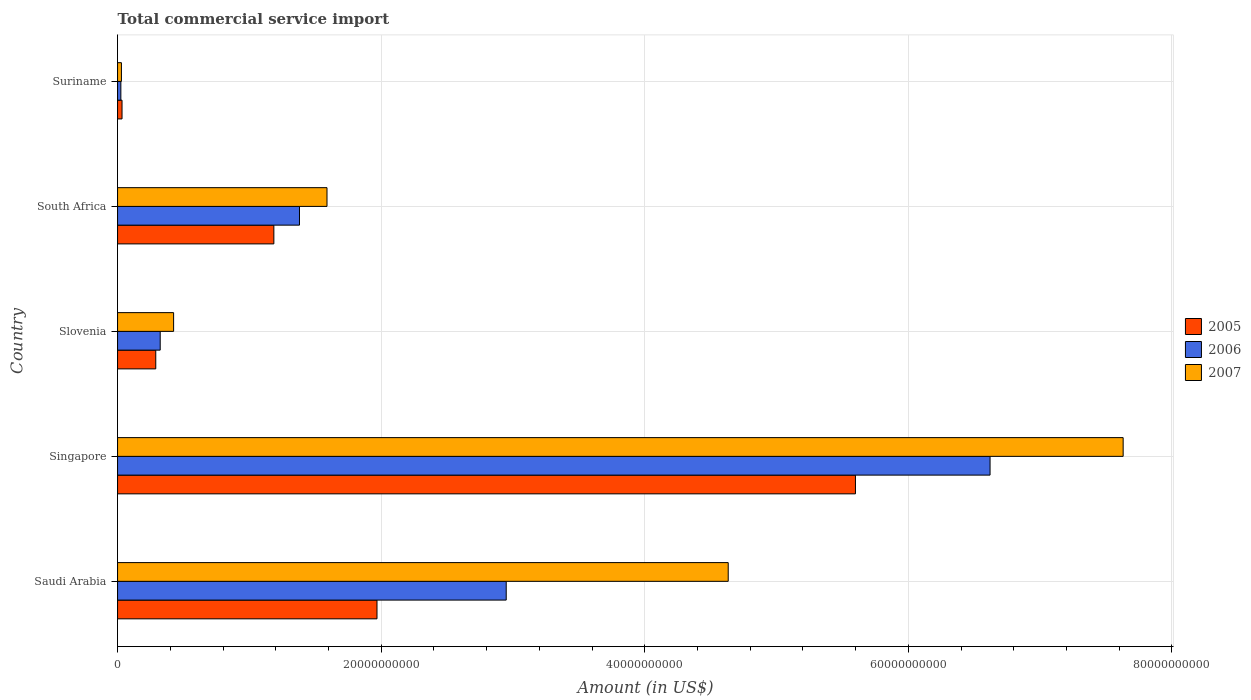
| Country | 2005 | 2006 | 2007 |
 | --- | --- | --- | --- |
 | Saudi Arabia | 1.97e+10 | 2.95e+10 | 4.63e+10 |
 | Singapore | 5.6e+10 | 6.62e+10 | 7.63e+10 |
 | Slovenia | 2.9e+09 | 3.24e+09 | 4.25e+09 |
 | South Africa | 1.19e+10 | 1.38e+10 | 1.59e+10 |
 | Suriname | 3.39e+08 | 2.51e+08 | 2.93e+08 |